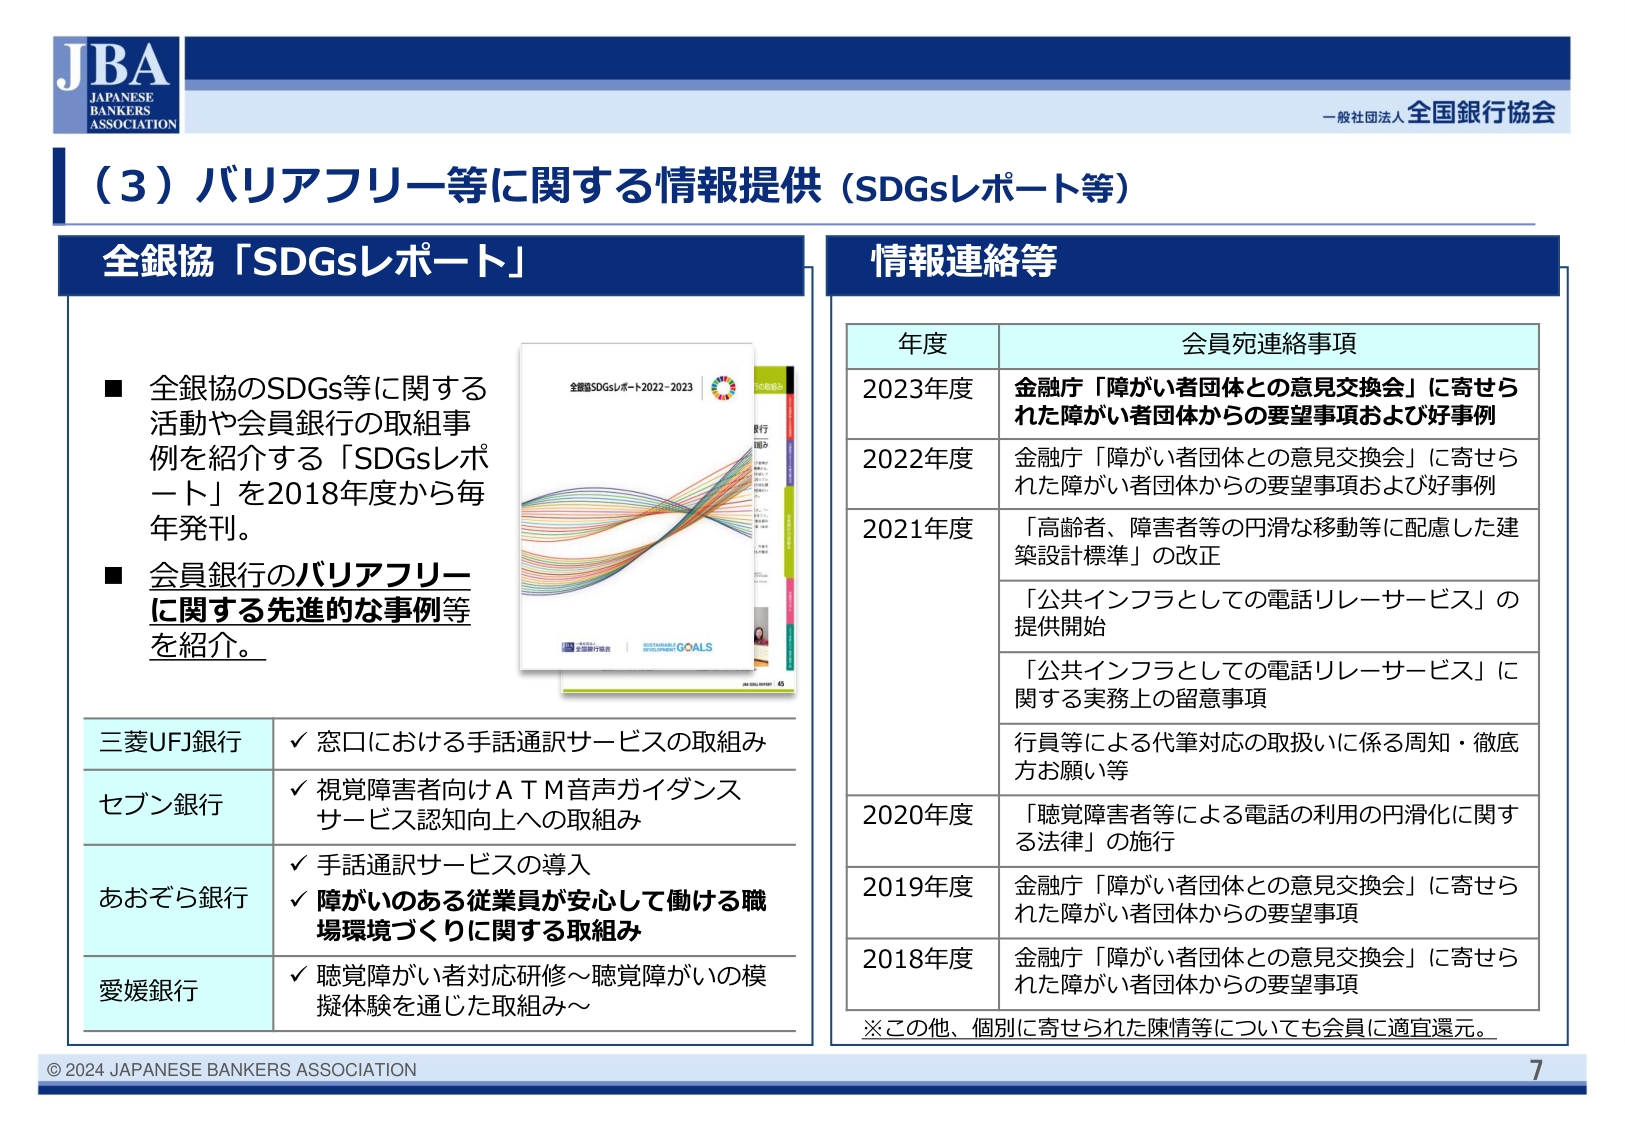
JBA
JAPANESE
BANKERS
ASSOCIATION

一般社団法人 全国銀行協会

（3）バリアフリー等に関する情報提供（SDGsレポート等）

全銀協「SDGsレポート」

■ 全銀協のSDGs等に関する
活動や会員銀行の取組事
例を紹介する「SDGsレポ
ート」を2018年度から毎
年発刊。

■ 会員銀行のバリアフリー
に関する先進的な事例等
を紹介。

全銀協SDGsレポート2022-2023
SUSTAINABLE DEVELOPMENT GOALS
JBA 2022-2023

三菱UFJ銀行
✓ 窓口における手話通訳サービスの取組み

セブン銀行
✓ 視覚障害者向けＡＴＭ音声ガイダンス
サービス認知向上への取組み

あおぞら銀行
✓ 手話通訳サービスの導入
✓ 障がいのある従業員が安心して働ける職
場環境づくりに関する取組み

愛媛銀行
✓ 聴覚障がい者対応研修～聴覚障がいの模
擬体験を通じた取組み～

情報連絡等

年度 会員宛連絡事項

2023年度 金融庁「障がい者団体との意見交換会」に寄せら
れた障がい者団体からの要望事項および好事例

2022年度 金融庁「障がい者団体との意見交換会」に寄せら
れた障がい者団体からの要望事項および好事例

2021年度 「高齢者、障害者等の円滑な移動等に配慮した建
築設計標準」の改正
「公共インフラとしての電話リレーサービス」の
提供開始
「公共インフラとしての電話リレーサービス」に
関する実務上の留意事項
行員等による代筆対応の取扱いに係る周知・徹底
方お願い等

2020年度 「聴覚障害者等による電話の利用の円滑化に関す
る法律」の施行

2019年度 金融庁「障がい者団体との意見交換会」に寄せら
れた障がい者団体からの要望事項

2018年度 金融庁「障がい者団体との意見交換会」に寄せら
れた障がい者団体からの要望事項

※この他、個別に寄せられた陳情等についても会員に適宜還元。

© 2024 JAPANESE BANKERS ASSOCIATION
7